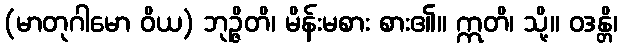
(မာတုဂါမော ဝိယ) ဘုဉ္ဇိတိ၊ မိန်းမစား စား၏။ ဣတိ၊ သို့။ ဝဒန္တိ၊